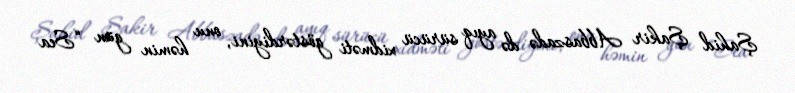
Şahid Şakir Abbaszadə də ayıq sürücü xidməti göstərdiyini, onu həmin gün “Sea